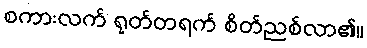
စကားလက် ရုတ်တရက် စိတ်ညစ်လာ၏။